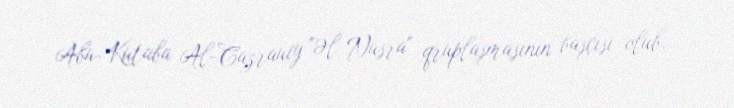
Abu-Kutaba Al-Cazrauiy "Əl Nusra" qruplaşmasının başçısı olub.